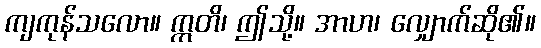
ကျကုန်သလော။ ဣတိ၊ ဤသို့။ အာဟ၊ လျှောက်ဆို၏။